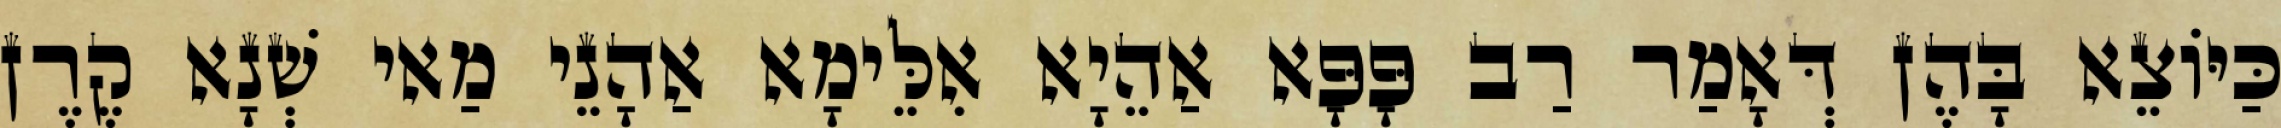
כַּיּוֹצֵא בָּהֶן דְּאָמַר רַב פָּפָּא אַהֵיָא אִלֵּימָא אַהָנֵי מַאי שְׁנָא קֶרֶן